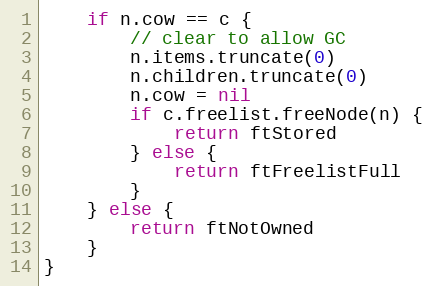
Language: Go
	if n.cow == c {
		// clear to allow GC
		n.items.truncate(0)
		n.children.truncate(0)
		n.cow = nil
		if c.freelist.freeNode(n) {
			return ftStored
		} else {
			return ftFreelistFull
		}
	} else {
		return ftNotOwned
	}
}